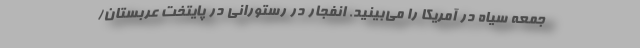
جمعه سیاه در آمریکا را می‌بینید. انفجار در رستورانی در پایتخت عربستان/